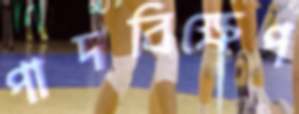
পাদবিক্ষেপ